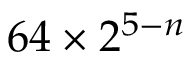
6 4 \times 2 ^ { 5 - n }